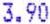
3.90